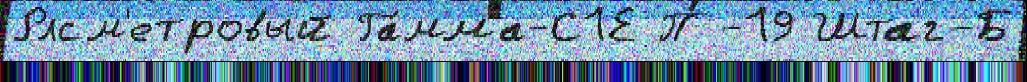
Рлсм'етровый Га́мма-С1Е П-19 Штаг-Б